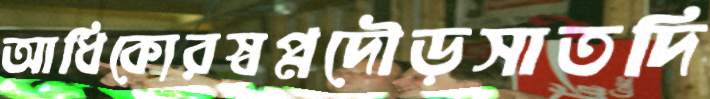
আধিক্যেরস্বপ্নদৌড়সাতদি